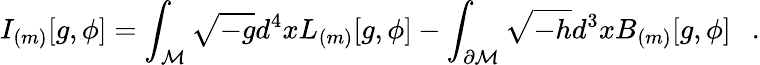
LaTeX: I_{(m)}[g,\phi]=\int_{\cal M}\sqrt{-g}d^{4}xL_{(m)}[g,\phi]-\int_{\partial{\cal M}}\sqrt{-h}d^{3}xB_{(m)}[g,\phi]~~~.